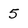
Character: 5